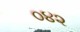
૦૪૨